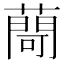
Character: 𦽅